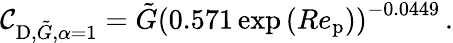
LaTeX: \mathcal{C}_{\textup{{D}},\tilde{{G}},\alpha=1}=\tilde{{G}}\left(0.571\exp{(Re_{\textup{{p}}})}\right)^{-0.0449}\, .